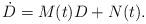
LaTeX: \begin{align*}\dot{D}=M(t)D + N(t).\end{align*}